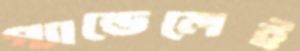
প্যান্ডেলেই